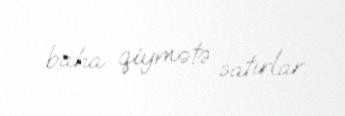
baha qiymətə satırlar.